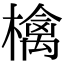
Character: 檎